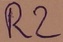
Text: R2